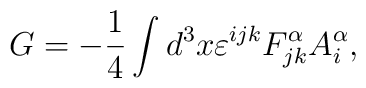
G= - \frac{1}{4} \int d^3x \varepsilon^{ijk} F^{\alpha}_{jk}A^{\alpha}_i,